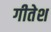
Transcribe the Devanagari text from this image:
गीतेश